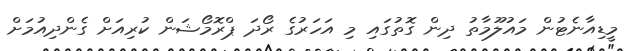
މީޑިއާނެޓުން މައުލޫމާތު ދިން ގޮތުގައި މި އަހަރުގެ ރޯދަ ޕްރޮމޯޝަން ކުރިއަށް ގެންދިއުމަށް